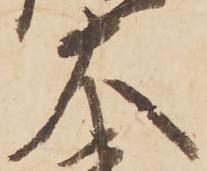
大